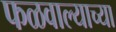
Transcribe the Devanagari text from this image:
फळवाल्याच्या